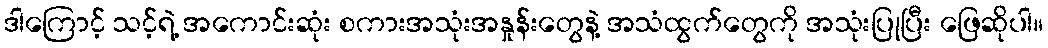
ဒါကြောင့် သင့်ရဲ့ အကောင်းဆုံး စကားအသုံးအနှုန်းတွေနဲ့ အသံထွက်တွေကို အသုံးပြုပြီး ဖြေဆိုပါ။